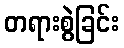
တရားစွဲခြင်း